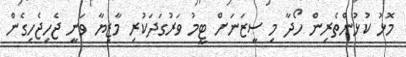
މޮޅު ކުޅުންތެރިން ހޯދާ މި ސީޒަނަށް ޓީމު ވަރުގަދަކުރި މާޒިޔާ ވަނީ ޖެހިޖެހިގެން